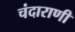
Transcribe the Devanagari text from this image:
चंदाराणी